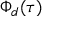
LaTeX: \Phi _ { d } ( \tau )